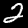
Digit: 2